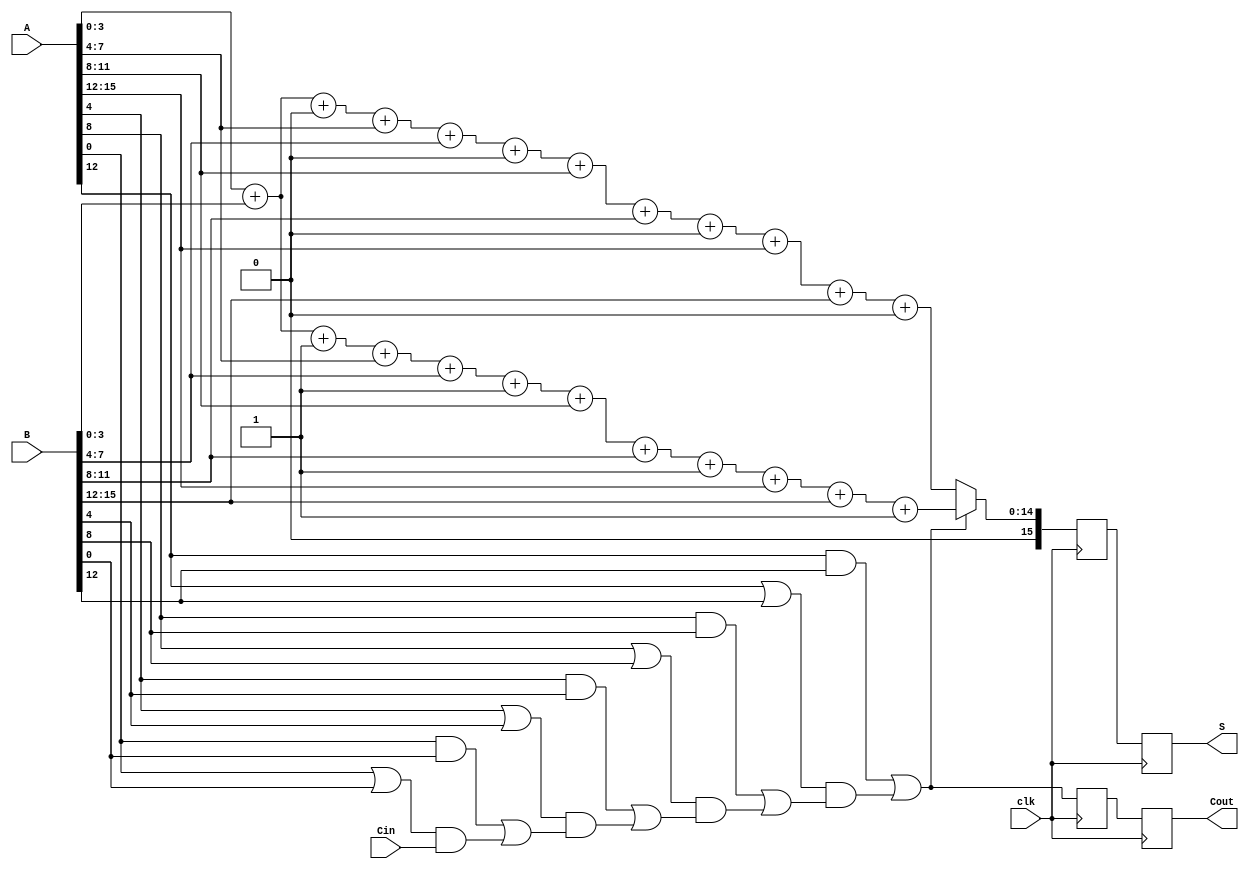
module PipelinedCSLA #(parameter N = 16, // Total number of bits
                       parameter K = 4) // Segment size
(
    input wire [N-1:0] A,      // First operand
    input wire [N-1:0] B,      // Second operand
    input wire Cin,             // Carry input
    input wire clk,             // Clock
    output reg [N-1:0] S,       // Sum output
    output reg Cout             // Carry output
);

localparam NUM_SEGMENTS = N / K; // Number of segments

// Generate and propagate signals
reg [NUM_SEGMENTS-1:0] G [K-1:0]; // Generate signals
reg [NUM_SEGMENTS-1:0] P [K-1:0]; // Propagate signals
reg [N-1:0] S0 [NUM_SEGMENTS-1:0]; // Sum path for Cin = 0
reg [N-1:0] S1 [NUM_SEGMENTS-1:0]; // Sum path for Cin = 1
reg [NUM_SEGMENTS-1:0] C; // Carry outputs from each segment

// Carry Select Logic
integer i, j;
always @(*) begin
    for (i = 0; i < NUM_SEGMENTS; i = i + 1) begin
        // Compute generate and propagate signals for each segment
        for (j = 0; j < K; j = j + 1) begin
            G[i][j] = A[i*K + j] & B[i*K + j]; // Generate
            P[i][j] = A[i*K + j] | B[i*K + j]; // Propagate
        end
        
        // Compute sums for carry-in = 0 and carry-in = 1
        if (i == 0) begin
            S0[i] = A[i*K +: K] + B[i*K +: K] + 1'b0; // Sum with Cin = 0
            S1[i] = A[i*K +: K] + B[i*K +: K] + 1'b1; // Sum with Cin = 1
        end else begin
            S0[i] = S0[i-1] + A[i*K +: K] + B[i*K +: K] + 1'b0; // Sum with Cin = 0
            S1[i] = S1[i-1] + A[i*K +: K] + B[i*K +: K] + 1'b1; // Sum with Cin = 1
        end

        // Compute carry-out for each segment
        C[i] = G[i] | (P[i] & (i == 0 ? Cin : C[i-1]));
    end
end

// Pipelined register storage
reg [N-1:0] S_reg [NUM_SEGMENTS-1:0]; // Registered sum outputs
reg Cout_reg [NUM_SEGMENTS-1:0]; // Registered carry outputs
reg [NUM_SEGMENTS-1:0] CarryOut; // Carry from each segment to the next

always @(posedge clk) begin
    // Register the sums and carry outputs
    for (i = 0; i < NUM_SEGMENTS; i = i + 1) begin
        S_reg[i] <= (C[i] ? S1[i] : S0[i]);
        Cout_reg[i] <= C[i];
    end
end

// Final output assignment after the last segment
always @(posedge clk) begin
    S <= S_reg[NUM_SEGMENTS-1];
    Cout <= Cout_reg[NUM_SEGMENTS-1];
end

endmodule